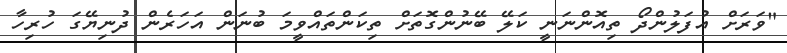
"ވަރަށް އުފަލުންދޯ ތިއޮންނަނީ ކަލޭ ބޭނުންގޮތަށް ތިކަންތައްވީމަ ބުނަން އަހަރެން ދުނިޔޭގަ ހުރިހާ